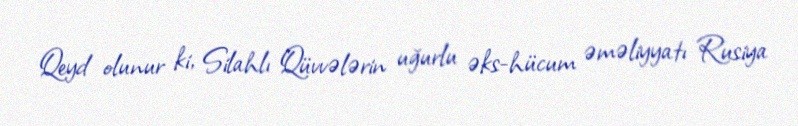
Qeyd olunur ki, Silahlı Qüvvələrin uğurlu əks-hücum əməliyyatı Rusiya